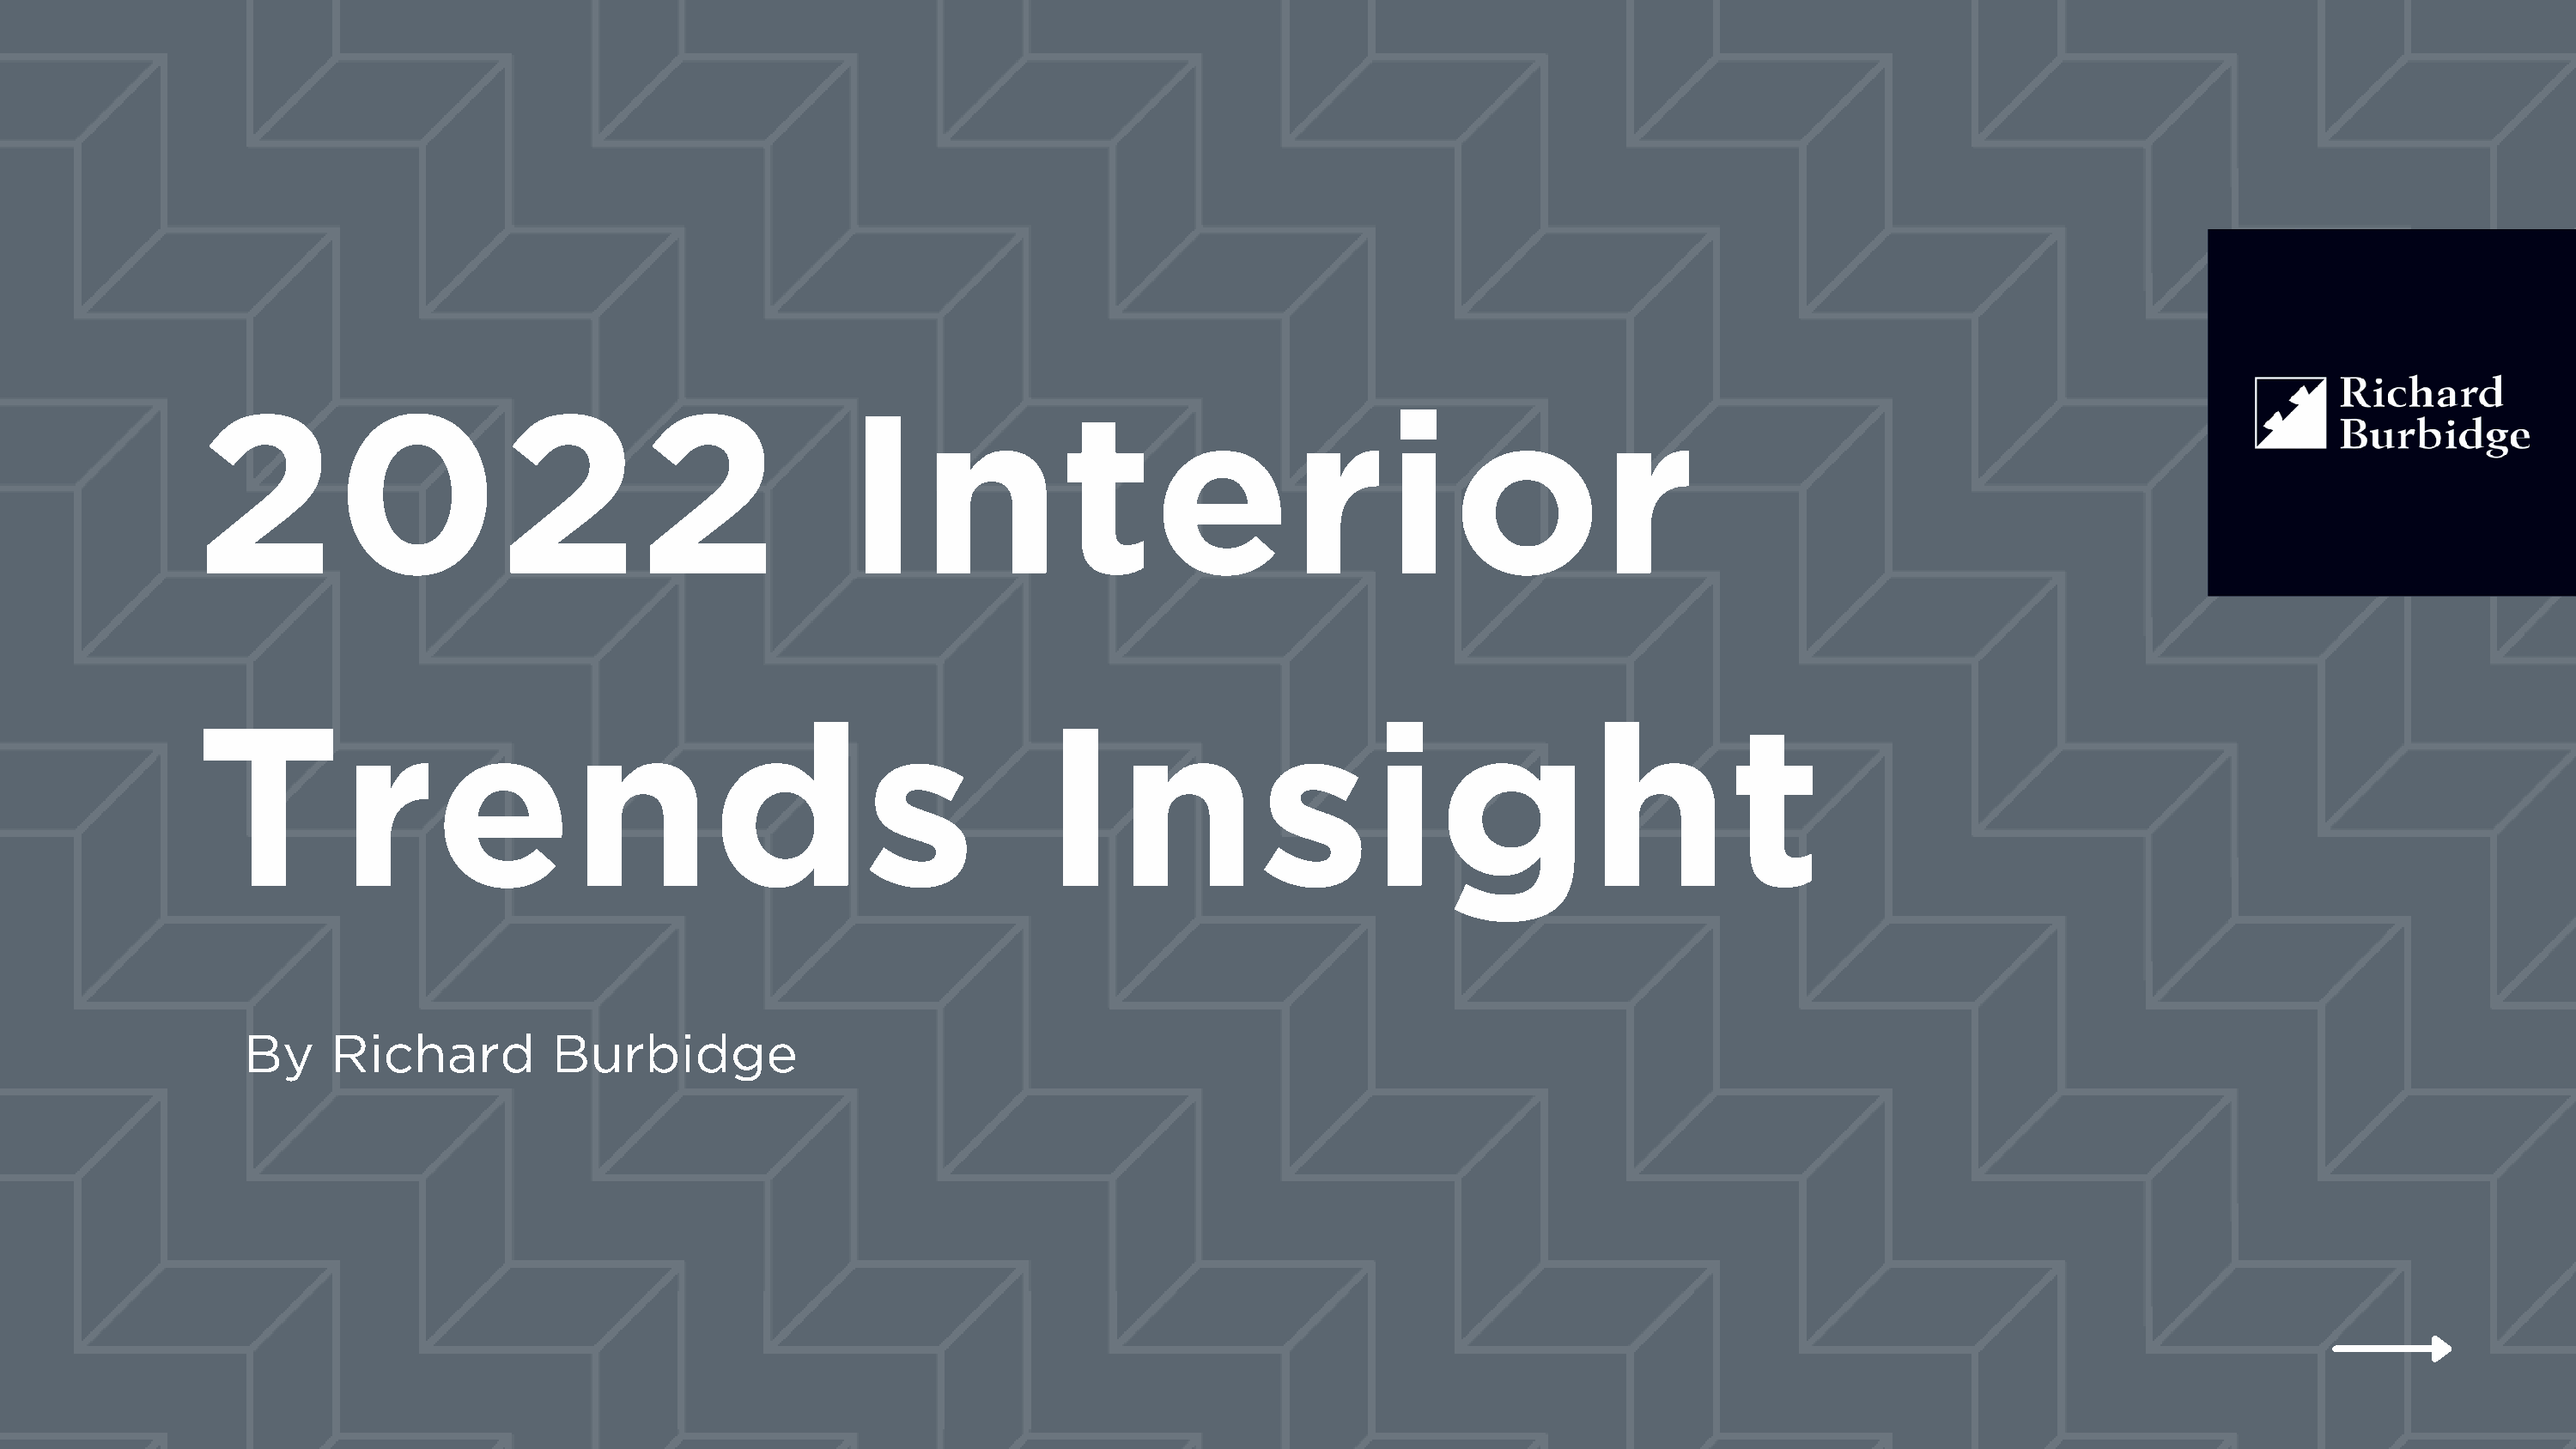
2022                                              Interior
 Trends                                                           Insight
 By    Richard           Burbidge